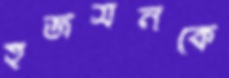
হজসনকে